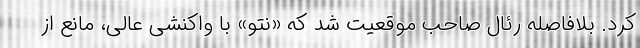
کرد. بلافاصله رئال صاحب موقعیت شد که «نتو» ‌با واکنشی عالی، مانع از